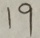
1 9